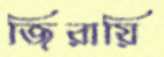
জিরায়ি